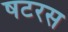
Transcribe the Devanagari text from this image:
षटरस